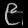
Digit: ၉